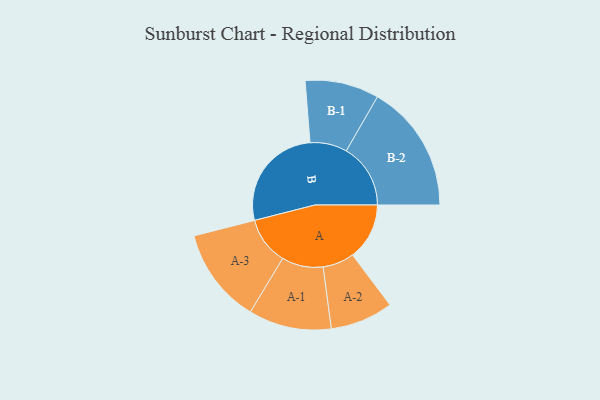
{"axis": {"x": "Segment", "y": "Value"}, "legend": ["", "A", "B"], "data": [{"x": "A", "y": 206, "type": ""}, {"x": "B", "y": 387, "type": ""}, {"x": "A-1", "y": 150, "type": "A"}, {"x": "A-2", "y": 114, "type": "A"}, {"x": "A-3", "y": 173, "type": "A"}, {"x": "B-1", "y": 134, "type": "B"}, {"x": "B-2", "y": 233, "type": "B"}]}